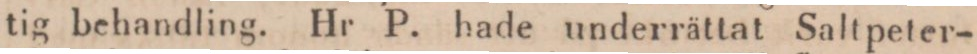
tig behandling. Hr P. hade underrättat Saltpeter-